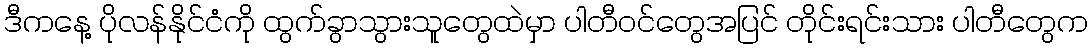
ဒီကနေ့ ပိုလန်နိုင်ငံကို ထွက်ခွာသွားသူတွေထဲမှာ ပါတီဝင်တွေအပြင် တိုင်းရင်းသား ပါတီတွေက